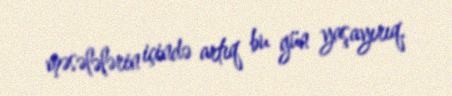
məsələlərin içində artıq bu gün yaşayırıq.